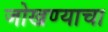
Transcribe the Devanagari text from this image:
जोखण्याचा